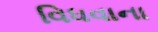
વિધવાના